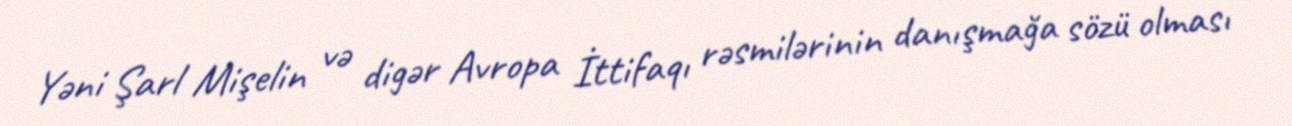
Yəni Şarl Mişelin və digər Avropa İttifaqı rəsmilərinin danışmağa sözü olması